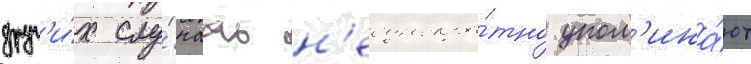
друг'и́х слу́чаах н'еоднокра́тно упом'ина́ют